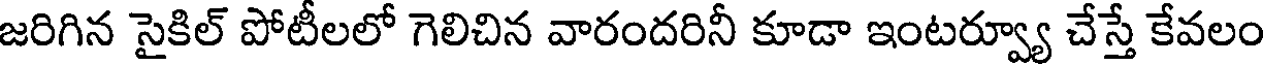
జరిగిన సైకిల్ పోటీలలో గెలిచిన వారందరినీ కూడా ఇంటర్వ్యూ చేస్తే కేవలం